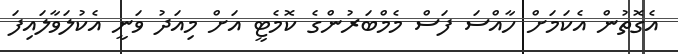
އެގޮތުން އެކަމަށް ހާއްސަ ފަސް މެމްބަރުންގެ ކޮމެޓީ އަށް މިއަދު ވަނީ އެކުލަވާލައިފަ